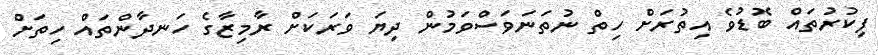
ފިކުރުތައް ބޮޑުވެ އިތުރަށް ހިތް ނުތަނަވަސްވަމުން ދިޔަ ވަރަކަށް ރާމިޒާގެ ހަނދާންތައް ހިތަށް